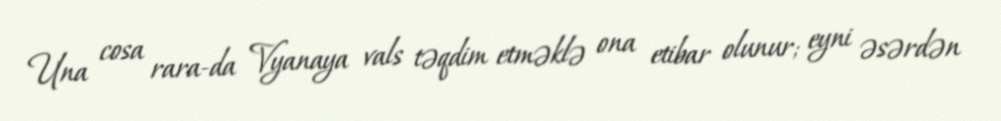
Una cosa rara-da Vyanaya vals təqdim etməklə ona etibar olunur; eyni əsərdən